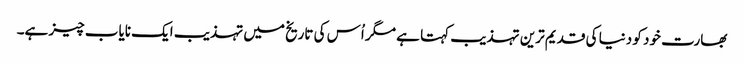
بھارت خود کو دنیا کی قدیم ترین تہذیب کہتا ہے مگر اُس کی تاریخ میں تہذیب ایک نایاب چیز ہے۔